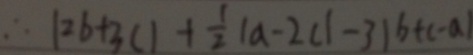
\therefore \vert 2 b + 3 c \vert 1 + \frac { 1 } { 2 } \vert a - 2 c \vert - 3 \vert b + c - a \vert